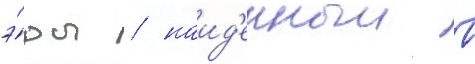
э́ры / наид'енныи в